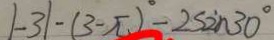
\vert - 3 \vert - ( 3 - \pi ) ^ { \circ } - 2 \sin 3 0 ^ { \circ }